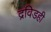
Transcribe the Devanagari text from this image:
द्रविडही